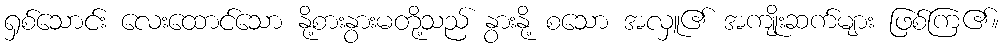
ရှစ်သောင်း လေးထောင်သော နို့စားနွားမတို့သည် နွားနို့ စသော အလှူ၏ အကျိုးဆက်များ ဖြစ်ကြ၏။